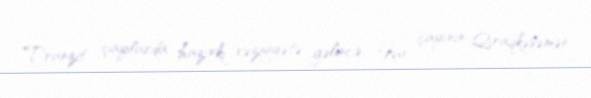
Tranzit çaylarda hazırki vəziyyətə gəlincə, Kür çayının Qıraqkəsəmən